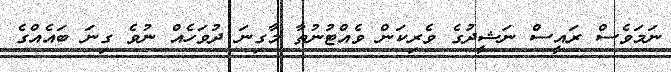
ނަމަވެސް ރައީސް ނަޝީދުގެ ވެރިކަން ވެއްޓުނުތާ މާގިނަ ދުވަހެއް ނުވެ ގިނަ ބައެއްގެ